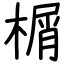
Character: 榍